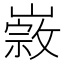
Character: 𡼦